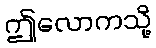
ဤလောကသို့